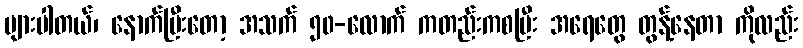
များပါတယ်၊ နောက်ပြီးတော့ အသက် ၅၀-လောက် ကတည်းကစပြီး အရေတွေ တွန့်နေတာ ကိုလည်း